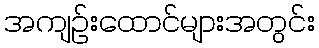
အကျဉ်းထောင်များအတွင်း